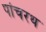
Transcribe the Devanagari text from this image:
पांचरथ